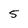
Character: 5